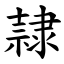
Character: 隷